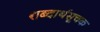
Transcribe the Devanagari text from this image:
शब्दार्थसूचक